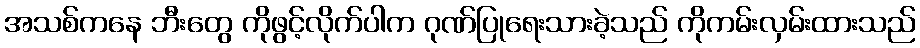
အသစ်ကနေ ဘီးတွေ ကိုဖွင့်လိုက်ပါက ဂုဏ်ပြုရေးသားခဲ့သည် ကိုကမ်းလှမ်းထားသည်